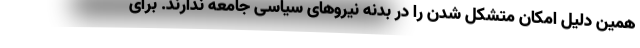
همین دلیل امکان متشکل شدن را در بدنه نیروهای سیاسی جامعه ندارند. برای